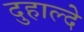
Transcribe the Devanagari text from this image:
दुहाल्दे